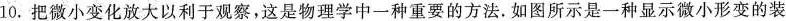
10.把微小变化放大以利于观察，这是物理学中一种重要的方法。如图所示是一种显示微小形变的装